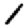
Digit: 1